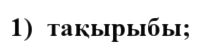
1)  тақырыбы;